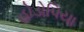
હોડોપિયા